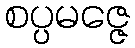
စပ္ပမဇ္ဇေ